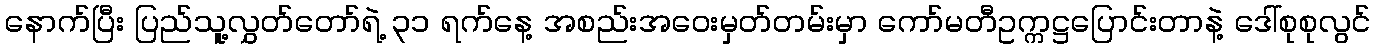
နောက်ပြီး ပြည်သူ့လွှတ်တော်ရဲ့ ၃၁ ရက်နေ့ အစည်းအဝေးမှတ်တမ်းမှာ ကော်မတီဥက္ကဋ္ဌပြောင်းတာနဲ့ ဒေါ်စုစုလွင်